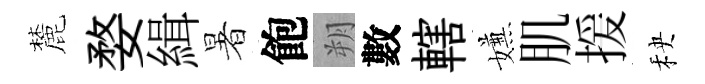
麓婺緝暑飽朔數轄嫌肌援秧